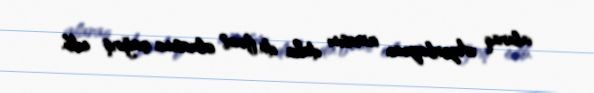
alaraq Azərbaycan icmasını daha da fəal olmasına çağırış edib.